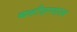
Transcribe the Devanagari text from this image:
व्यक्तींदरम्यानच